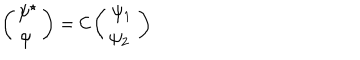
LaTeX: \left( \begin{array} { c } { { \psi ^ { \star } } } \\ { { \psi \ } } \\ \end{array} \right) = \mathcal { C } \left( \begin{array} { c } { { \psi _ { 1 } } } \\ { { \psi _ { 2 } \ } } \\ \end{array} \right)